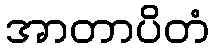
အာတာပိတံ